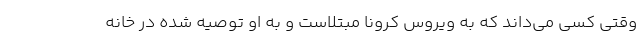
وقتی کسی می‌داند که به ویروس کرونا مبتلاست و به او توصیه شده در خانه